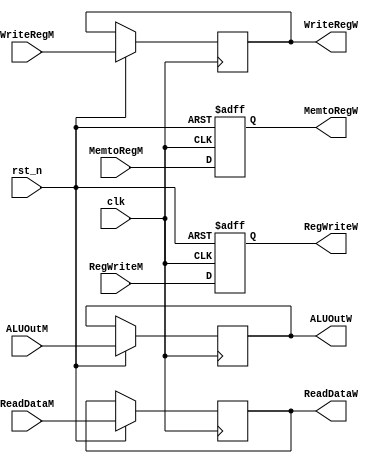
/*

	File name    : MEM_WB_Register
	LastEditors  : H
	LastEditTime : 2021-11-03 21:11:19
	Last Version : 1.0
	Description  : Pipeline Stage Register : MEM/WB
	
	----------------------------------------------------------------------------------------
	
	Author       : H
	Date         : 2021-11-03 21:11:18
	FilePath     : \MIPS_Pipeline\MEM_WB_Register.v
	Copyright 2021 H, All Rights Reserved. 

*/
module MEM_WB_Register(
    // System Clock
    input        clk,
    input        rst_n,

    // User Interface
    input       [31:0]  ReadDataM,
    input       [31:0]  ALUOutM,
    input       [4:0]   WriteRegM, 

    output  reg [31:0]  ReadDataW,
    output  reg [31:0]  ALUOutW,
    output  reg [4:0]   WriteRegW,

    // Control Signal 
    input               RegWriteM,
    input               MemtoRegM,
    // WB
    output  reg         RegWriteW,
    output  reg         MemtoRegW
);
/*******************************************************************************
 *                                 Main Code
*******************************************************************************/

    always @(posedge clk or negedge rst_n) begin
        if(!rst_n)begin
            RegWriteW <= 1'b0;
            MemtoRegW <= 1'b0;
        end
        else begin
            // total 64bits
            ReadDataW <= ReadDataM;
            ALUOutW   <= ALUOutM;
            WriteRegW <= WriteRegM;

            // Control Unit
            RegWriteW <= RegWriteM;
            MemtoRegW <= MemtoRegM;
        end
    end

endmodule